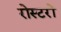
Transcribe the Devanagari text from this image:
रोस्टरों